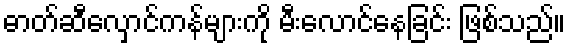
ဓာတ်ဆီလှောင်ကန်များကို မီးလောင်နေခြင်း ဖြစ်သည်။